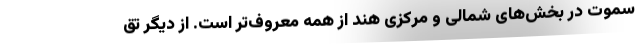
سموت در بخش‌های شمالی و مرکزی هند از همه معروف‌تر است. از دیگر تق